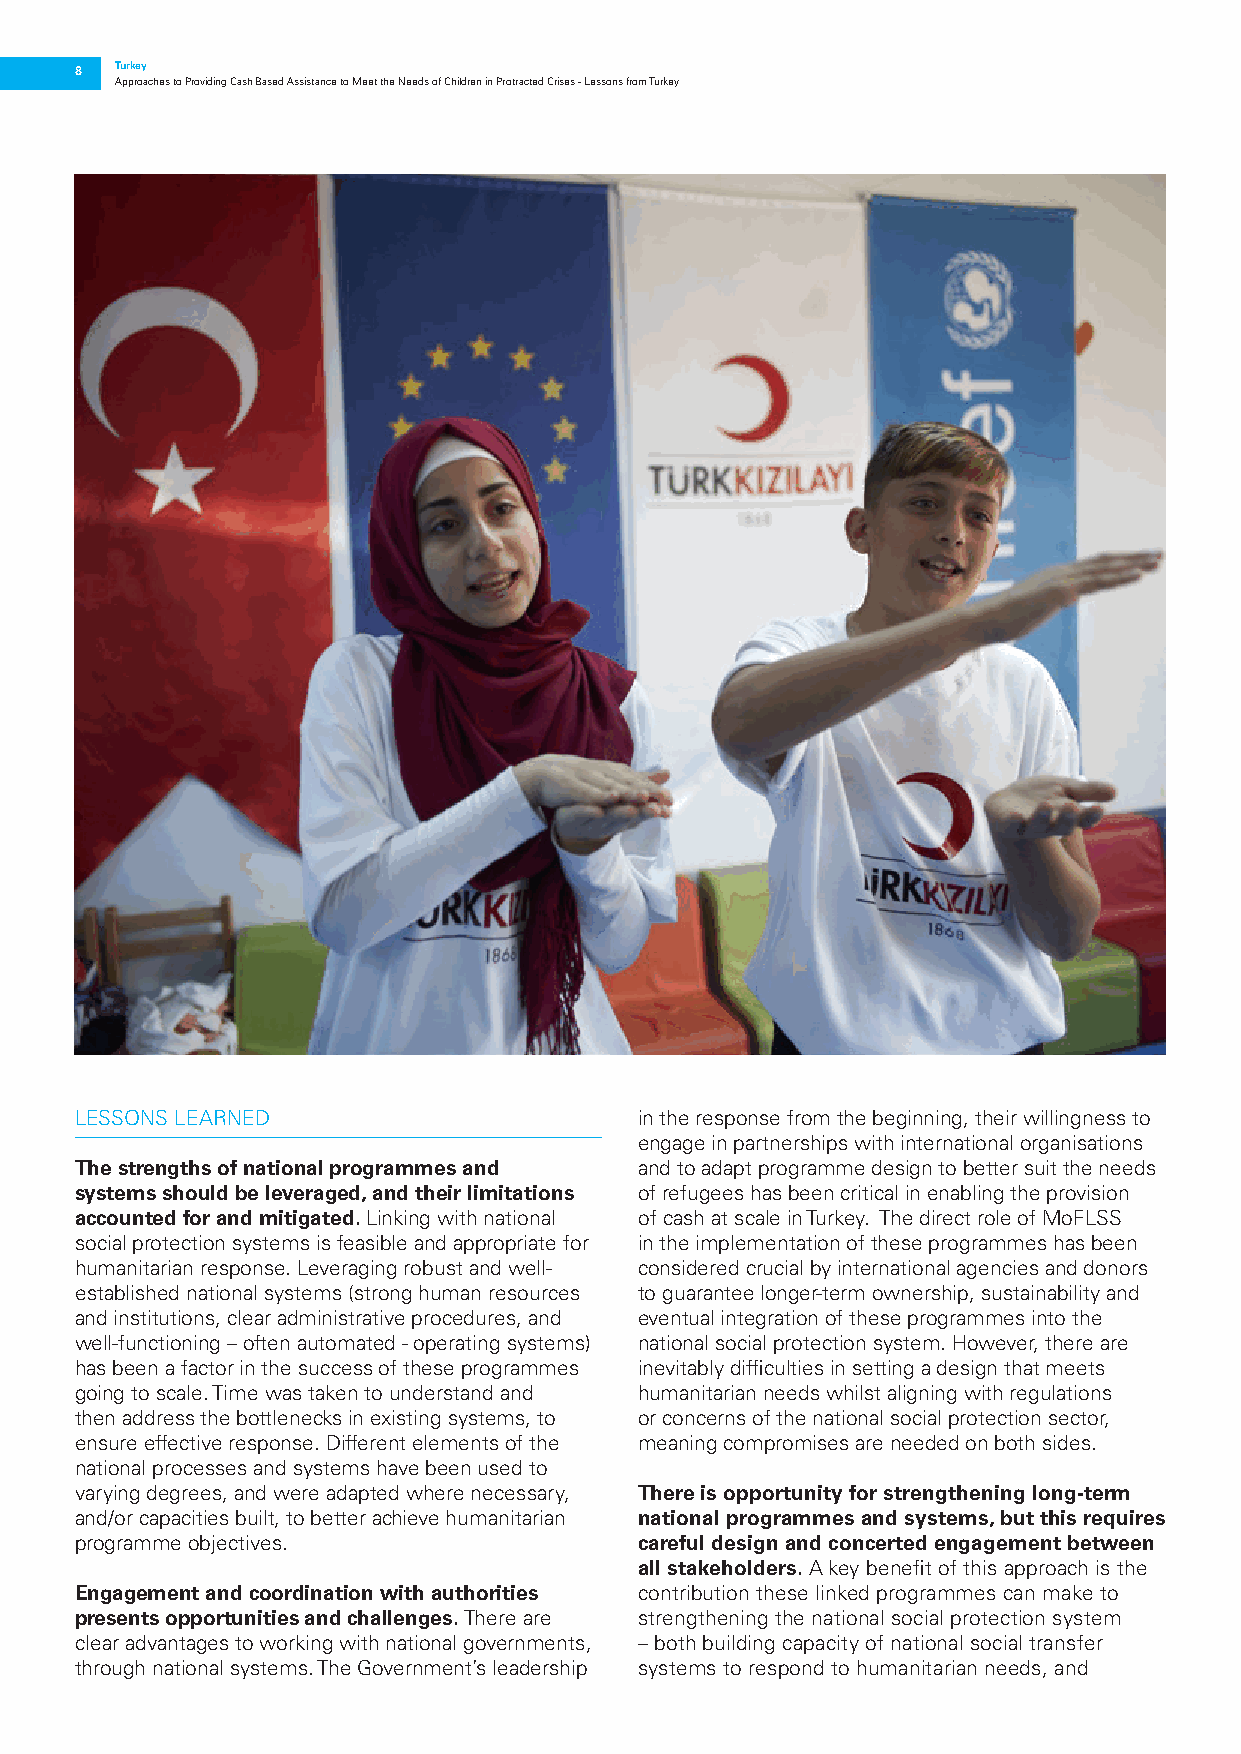
8  Turkey
 Approaches to Providing Cash Based Assistance to Meet the Needs of Children in Protracted Crises - Lessons from Turkey
 LESSONS LEARNED                      in the response from the beginning, their willingness to
 engage in partnerships with international organisations
 The strengths of national programmes and and to adapt programme design to better suit the needs
 systems should be leveraged, and their limitations of refugees has been critical in enabling the provision
 accounted for and mitigated. Linking with national of cash at scale in Turkey. The direct role of MoFLSS
 social protection systems is feasible and appropriate for in the implementation of these programmes has been
 humanitarian response. Leveraging robust and well- considered crucial by international agencies and donors
 established national systems (strong human resources to guarantee longer-term ownership, sustainability and
 and institutions, clear administrative procedures, and eventual integration of these programmes into the
 well-functioning – often automated - operating systems) national social protection system. However, there are
 has been a factor in the success of these programmes inevitably difficulties in setting a design that meets
 going to scale. Time was taken to understand and humanitarian needs whilst aligning with regulations
 then address the bottlenecks in existing systems, to or concerns of the national social protection sector,
 ensure effective response. Different elements of the meaning compromises are needed on both sides.
 national processes and systems have been used to
 varying degrees, and were adapted where necessary, There is opportunity for strengthening long-term
 and/or capacities built, to better achieve humanitarian national programmes and systems, but this requires
 programme objectives.                careful design and concerted engagement between
 all stakeholders. A key benefit of this approach is the
 Engagement and coordination with authorities contribution these linked programmes can make to
 presents opportunities and challenges. There are strengthening the national social protection system
 clear advantages to working with national governments, – both building capacity of national social transfer
 through national systems. The Government’s leadership systems to respond to humanitarian needs, and